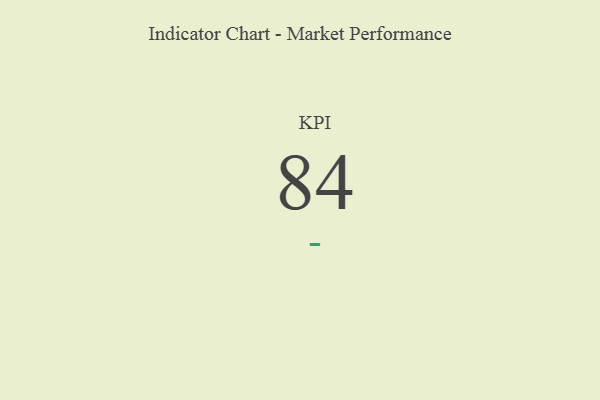
{"axis": {"x": "KPI", "y": "Value"}, "legend": [""], "data": [{"x": "KPI", "y": 84, "type": ""}]}